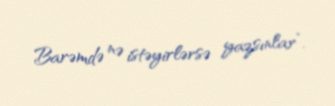
Barəmdə nə istəyirlərsə yazsınlar”.